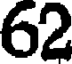
62